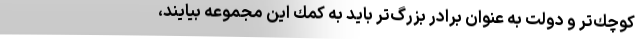
كوچك‌تر و دولت به عنوان برادر بزرگ‌تر بايد به كمك اين مجموعه بيايند،